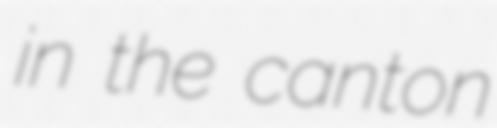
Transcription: in the canton